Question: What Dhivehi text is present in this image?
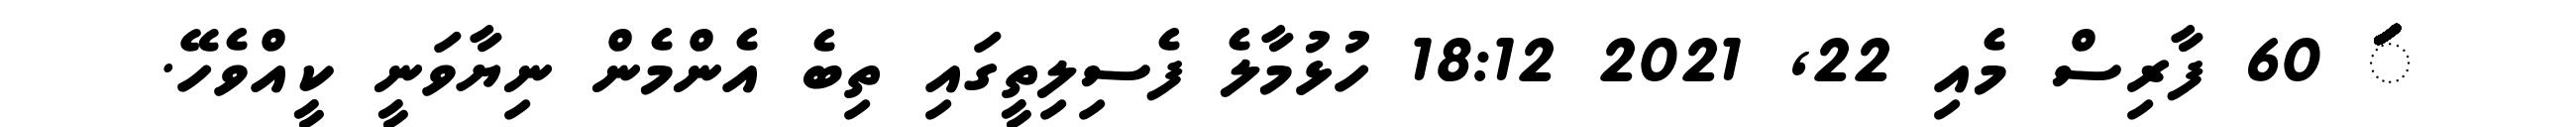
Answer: ަަަަަަަަަަަަަަަަަަަަަަަަަަަަަަަަަަަަަަަަަަަަަަަަަަަަަަަަަަ 60 ފާރިސް މެއި 22, 2021 18:12 ހުޅުމާލެ ފެސިލިތީގައި ތިބެ އެންމެން ނިޔާވަނީ ކީއްވެހޭ.